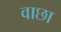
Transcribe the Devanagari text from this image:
वाछा